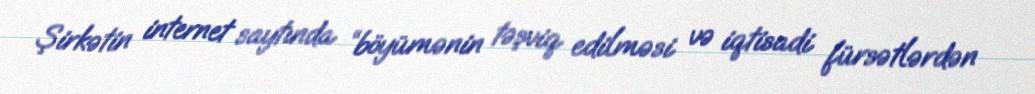
Şirkətin internet saytında “böyümənin təşviq edilməsi və iqtisadi fürsətlərdən